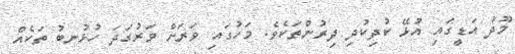
މޫދު އަޑީގައި އުޅޭ ކުދިކުދި ދިރުންތަކެވެ. މަހުގައި ވަރަށް ވަރުގަދަ ހުޅުނބު ތަކެއް